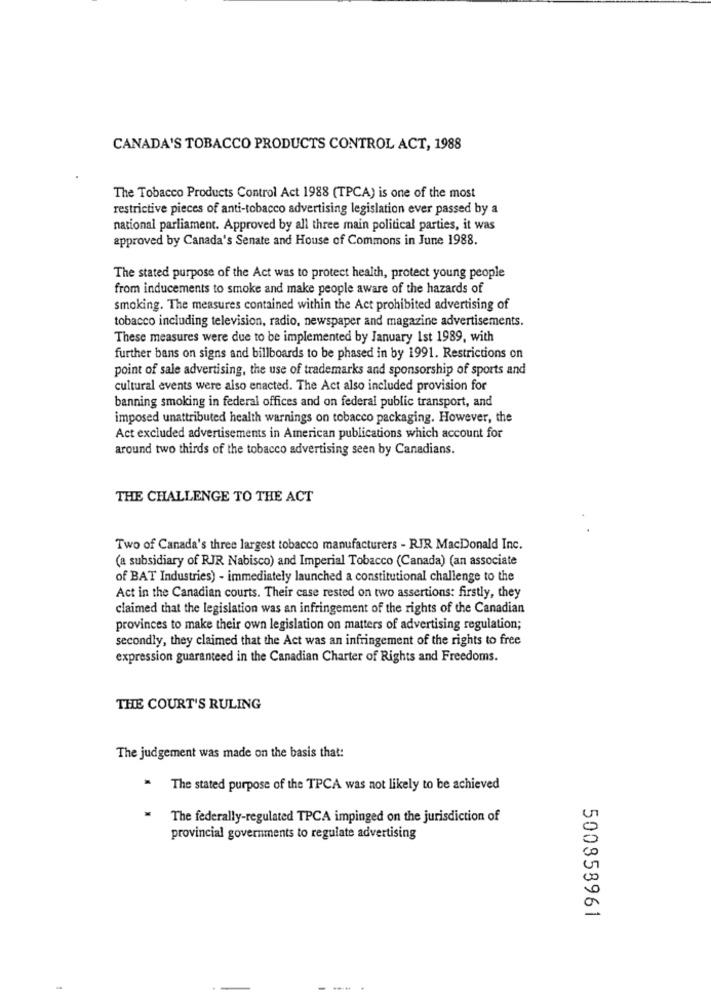
CANADA'S TOBACCO PRODUCTS CONTROL ACT, 1988
The Tobacco Products Control Act 1988 (TPCA) is one of the most
restrictive pieces of anti-tobacco advertising legislation ever passed by a
national parliament. Approved by all three main political parties, it was
approved by Canada's Senate and House of Commons in June 1988.
The stated purpose of the Act was to protect health, protect young people
from inducements to smoke and make people aware of the hazards of
smoking. The measures contained within the Act prohibited advertising of
tobacco including television, radio, newspaper and magazine advertisements.
These measures were due to be implemented by January Ist 1989, with
further bans on signs and billboards to be phased in by 1991. Restrictions on
point of sale advertising, the use of trademarks and sponsorship of sports and
cultural events were also enacted. The Act also included provision for
banning smoking in federal offices and on federal public transport, and
imposed unattributed health warnings on tobacco packaging. However, the
Act excluded advertisements in American publications which account for
around two thirds of the tobacco advertising seen by Canadians.
THE CHALLENGE TO THE ACT
Two of Canada's three largest tobacco manufacturers - RJR MacDonald Inc.
(a subsidiary of RJR Nabisco) and Imperial Tobacco (Canada) (an associate
of BAT Industries) - immediately launched a constitutional challenge to the
Act in the Canadian courts. Their case rested on two assertions: firstly, they
claimed that the legislation was an infringement of the rights of the Canadian
provinces to make their own legislation on matters of advertising regulation;
secondly, they claimed that the Act was an infringement of the rights to free
expression guaranteed in the Canadian Charter of Rights and Freedoms.
THE COURT'S RULING
The judgement was made on the basis that:
The stated purpose of the TPCA was not likely to be achieved
The federally-regulated TPCA impinged on the jurisdiction of
provincial governments to regulate advertising
500858961